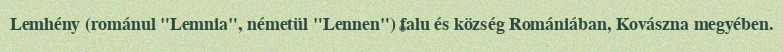
Lemhény (románul "Lemnia", németül "Lennen") falu és község Romániában, Kovászna megyében.